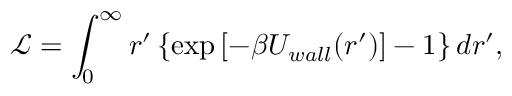
\mathcal { L } = \int _ { 0 } ^ { \infty } r ^ { \prime } \left\{ \exp \left[ - \beta U _ { w a l l } ( r ^ { \prime } ) \right] - 1 \right\} d r ^ { \prime } ,